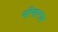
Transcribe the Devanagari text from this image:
भीमाराव